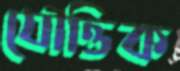
যৌত্তিক